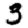
Digit: 3